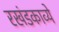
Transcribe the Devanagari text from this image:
रखंडकाव्ये